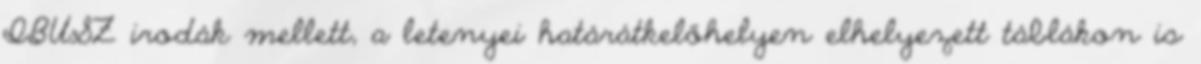
IBUSZ irodák mellett, a letenyei határátkelőhelyen elhelyezett táblákon is